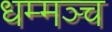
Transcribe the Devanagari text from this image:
धम्मञ्च